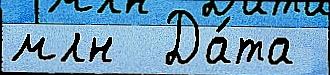
млн  Да́та